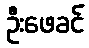
ဦးဖေခင်